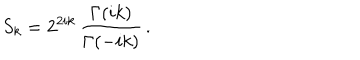
LaTeX: S _ { k } = 2 ^ { 2 i k } \, \frac { \Gamma ( i k ) } { \Gamma ( - i k ) } \, .